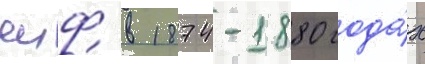
яиф в 1874-1880 года́х